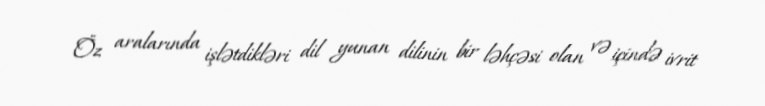
Öz aralarında işlətdikləri dil yunan dilinin bir ləhçəsi olan və içində ivrit